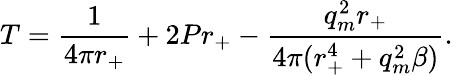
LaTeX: T=\frac{1}{4\pi r_{+}}+2Pr_{+}-\frac{q_{m}^{2}r_{+}}{4\pi(r_{+}^{4}+q_{m}^{2}\beta)}.